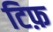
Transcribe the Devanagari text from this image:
टिफ़